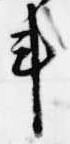
車